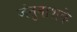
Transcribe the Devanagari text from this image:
जंतुनाशके